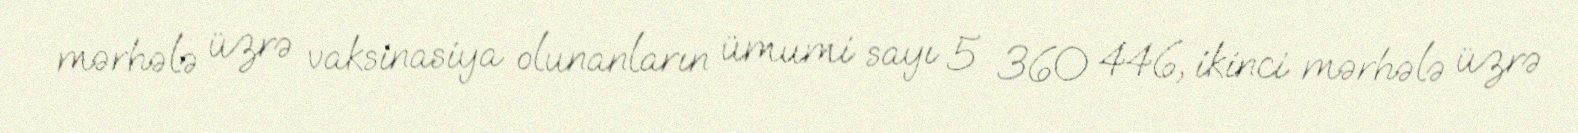
mərhələ üzrə vaksinasiya olunanların ümumi sayı 5 360 446, ikinci mərhələ üzrə